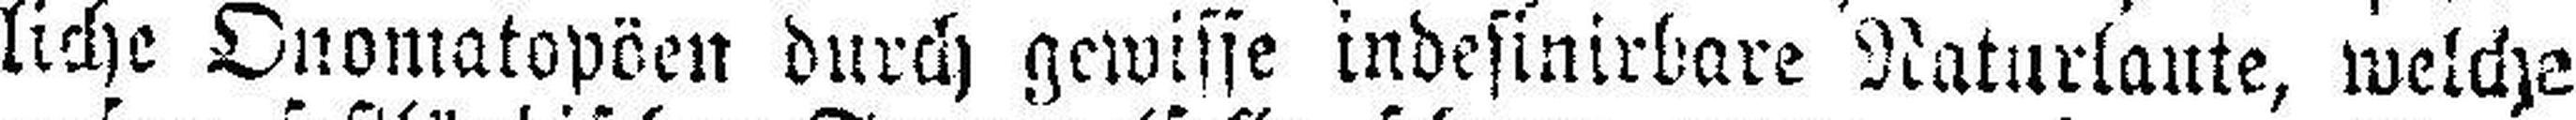
liche Onomatopöen durch gewisse indesinirbare Naturlaute, welche